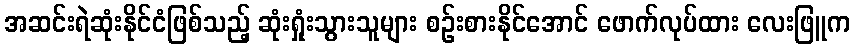
အဆင်းရဲဆုံးနိုင်ငံဖြစ်သည့် ဆုံးရှုံးသွားသူများ စဉ်းစားနိုင်အောင် ဖောက်လုပ်ထား လေးဖြူက